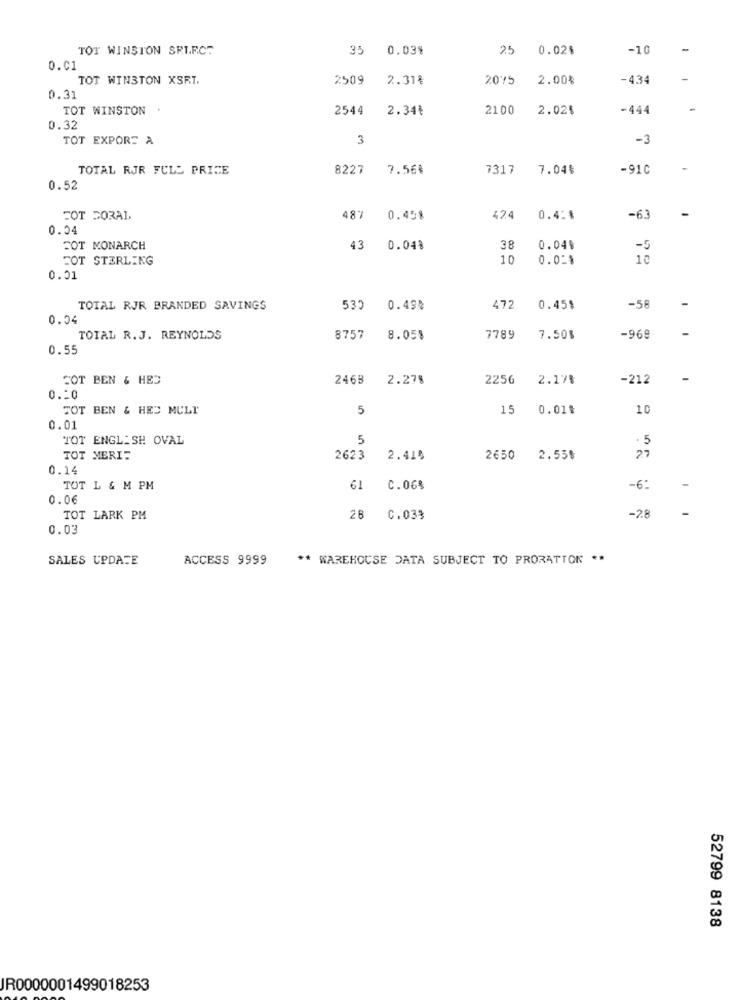
TOT WINSTON SELECT
35 0.03%
25 0.02%
-10
-
0.01
TOT WINSTON XSRT.
2509
2.31%
2075
2.00%
-434
0.31
TOT WINSTON
2544
2.34₺
2100
2.02%
-444
0.32
TOT EXPORT A
3
-3
TOTAL RJR FULL PRICE
8227
7.56€
7317
7.04%
-91C
0.52
FOT DORAL
487
0.45%
424
0.4 :*
-63
0.04
COT MONARCH
43 0.04%
38
0.04
-5
FOT STERLING
10
0.05
10
0.01
TOTAL RJR BRANDED SAVINGS
535
0.49%
472
0.45$
-56
0.04
TOTAL R. J. REYNOLDS
8757
8.05%
7789
7.50%
-969
0.55
COT BEN & HED
246B
2.278
2256
2.17%
-212
0.50
TOT BEN & HED MULT
5
15 0.01៛
10
0.01
TOT ENGLISH OVAL
5
- 5
27
TOT MERI-
2623
2.418
2650
2.55%
0.14
TOT L & M PM
61
C.06%
-6:
0.06
TOT LARK PM
28
C.033
-28
0.03
SALES UPDATE
ACCESS 9999
** WAREHOUSE DATA SUBJECT TO PRORATTOK **
52799 8138
JR0000001499018253